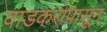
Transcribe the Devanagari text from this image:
वाडकरांपासून